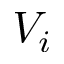
V _ { i }